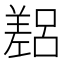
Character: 𫶴